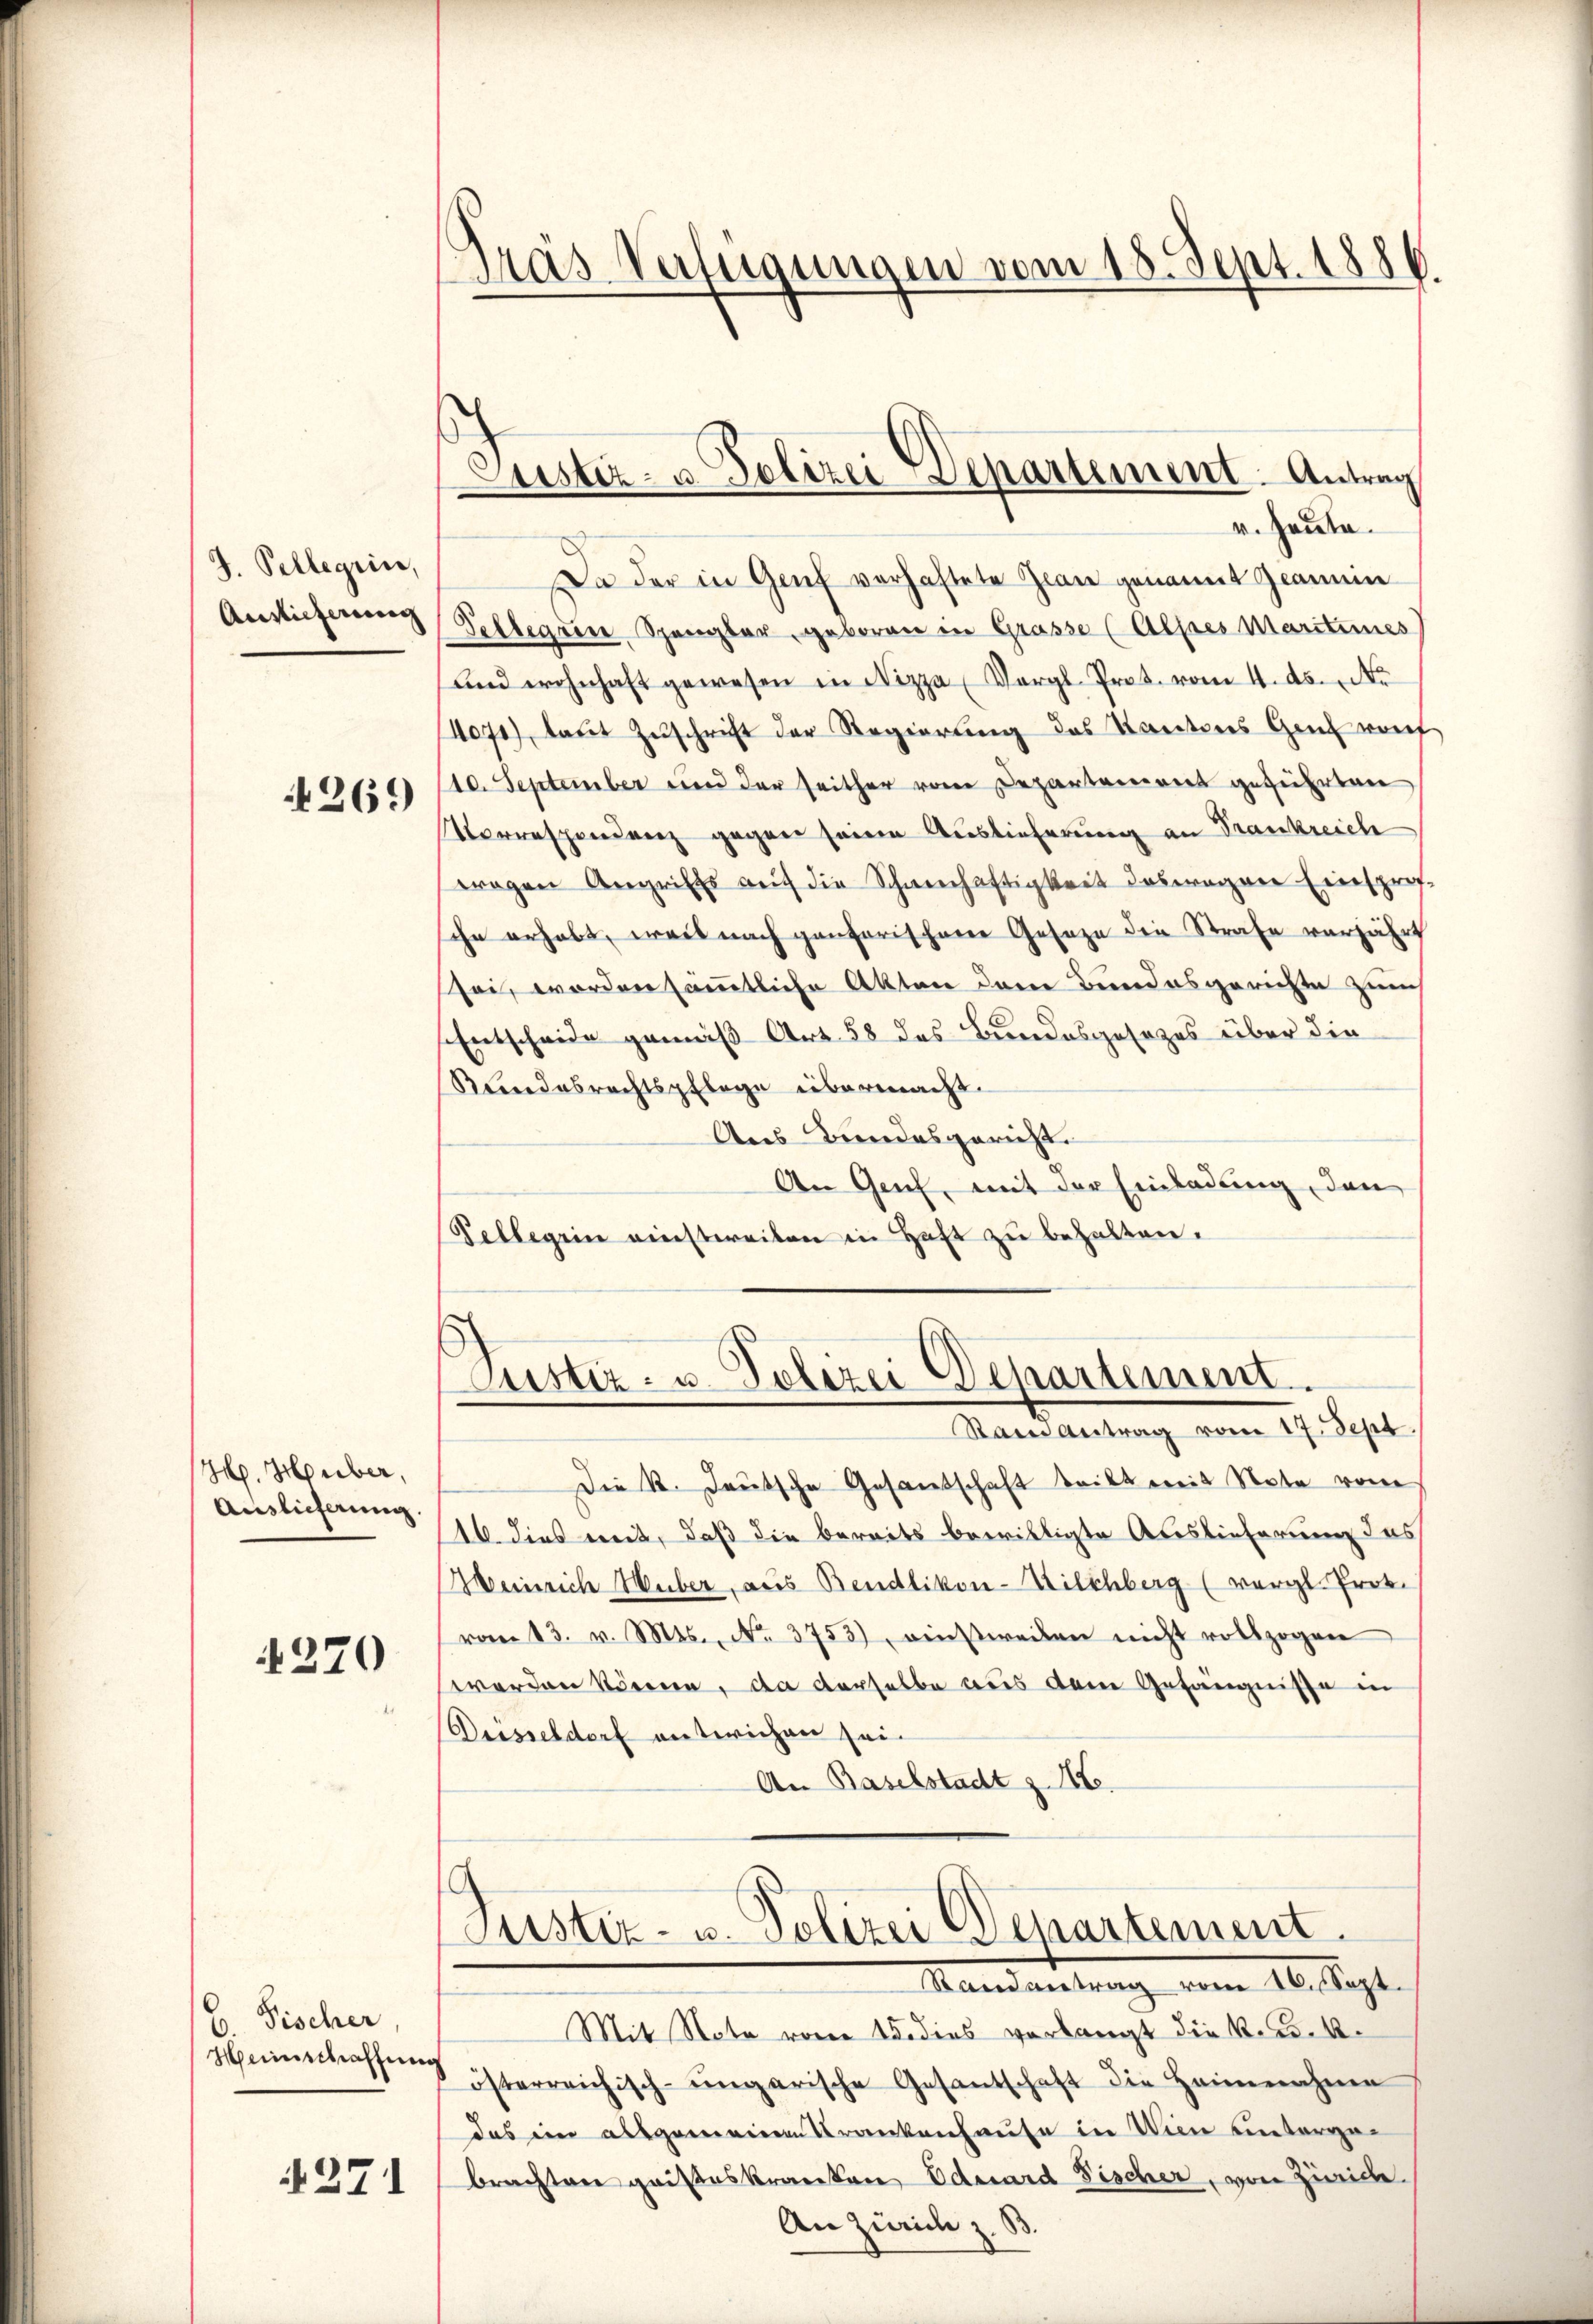
J. Pellegii,
Auslieferung
4269

H. Huber,
Auslieferung

370

¬
6 Fischer,
Heinschaffung
§271

Träs Verfügungen vom 18. Sept. 1886

Justiz- u. Polizei-Separtement. Antrag

v. Heute.
Da der in Genf verhaftete Jean genannt Ziamine
Sellegien Spangler, geboren in Grasse (Alpes Maritimes
und wohnhaft gewesen in Nizza (Vergl. Prot. vom 4. ds. Ar
14071), laut Zuschrift der Regierung des Kantons Genf vorf
10. September und der seither von Departement geführten
Norrespondenz gegen seine Auslieferung an Frankreich
wegen Angriffs auf die Schneehaftigkeit deswegen Einspro-
che erhabt, weil nach gantarischene Geseze die Strafe vorjährt
sei, worden sämmtliche Akten dem Bundesgerichte zum
Entscheide gemäß Art. 58 das Bundesgesezes über die
Kundesrechtspflege übermacht.
Aus Bundesgericht.
An Genf, mit der Einladung, den
Pellegen einstweilen in Haft zu behalten.

Justiz- u. Polizei Departement.
Rain Antrag vom 17. Sept.

Die K. Deutsche Gesandschaft teilt mit Note vom
16 dies mit, daß die bereits bewilligte Auslieferung das
Weinrich Huber, aus Bendlikon-Kilchberg (vergl. Prok.
vom 13. v. Mts. No. 3753), weßweilen nicht vollzogen
werden können, da derselbe aus dem Gefängnisse in
Desseldorf entwichen sei.
An Baselstadt z. 18.

Justiz- u. Polizei Departement.

Mandametung vom 16. Sept.
Mit Note von Bedies verlangt die Kindösterreichisch-ungarische Gesantschaft die Heimnahme
das ein allgemeinen Krankenhause in Wien unterge-
brachten geisteskranken Eduard Fischer, von Zürich
An Zürich z. B.